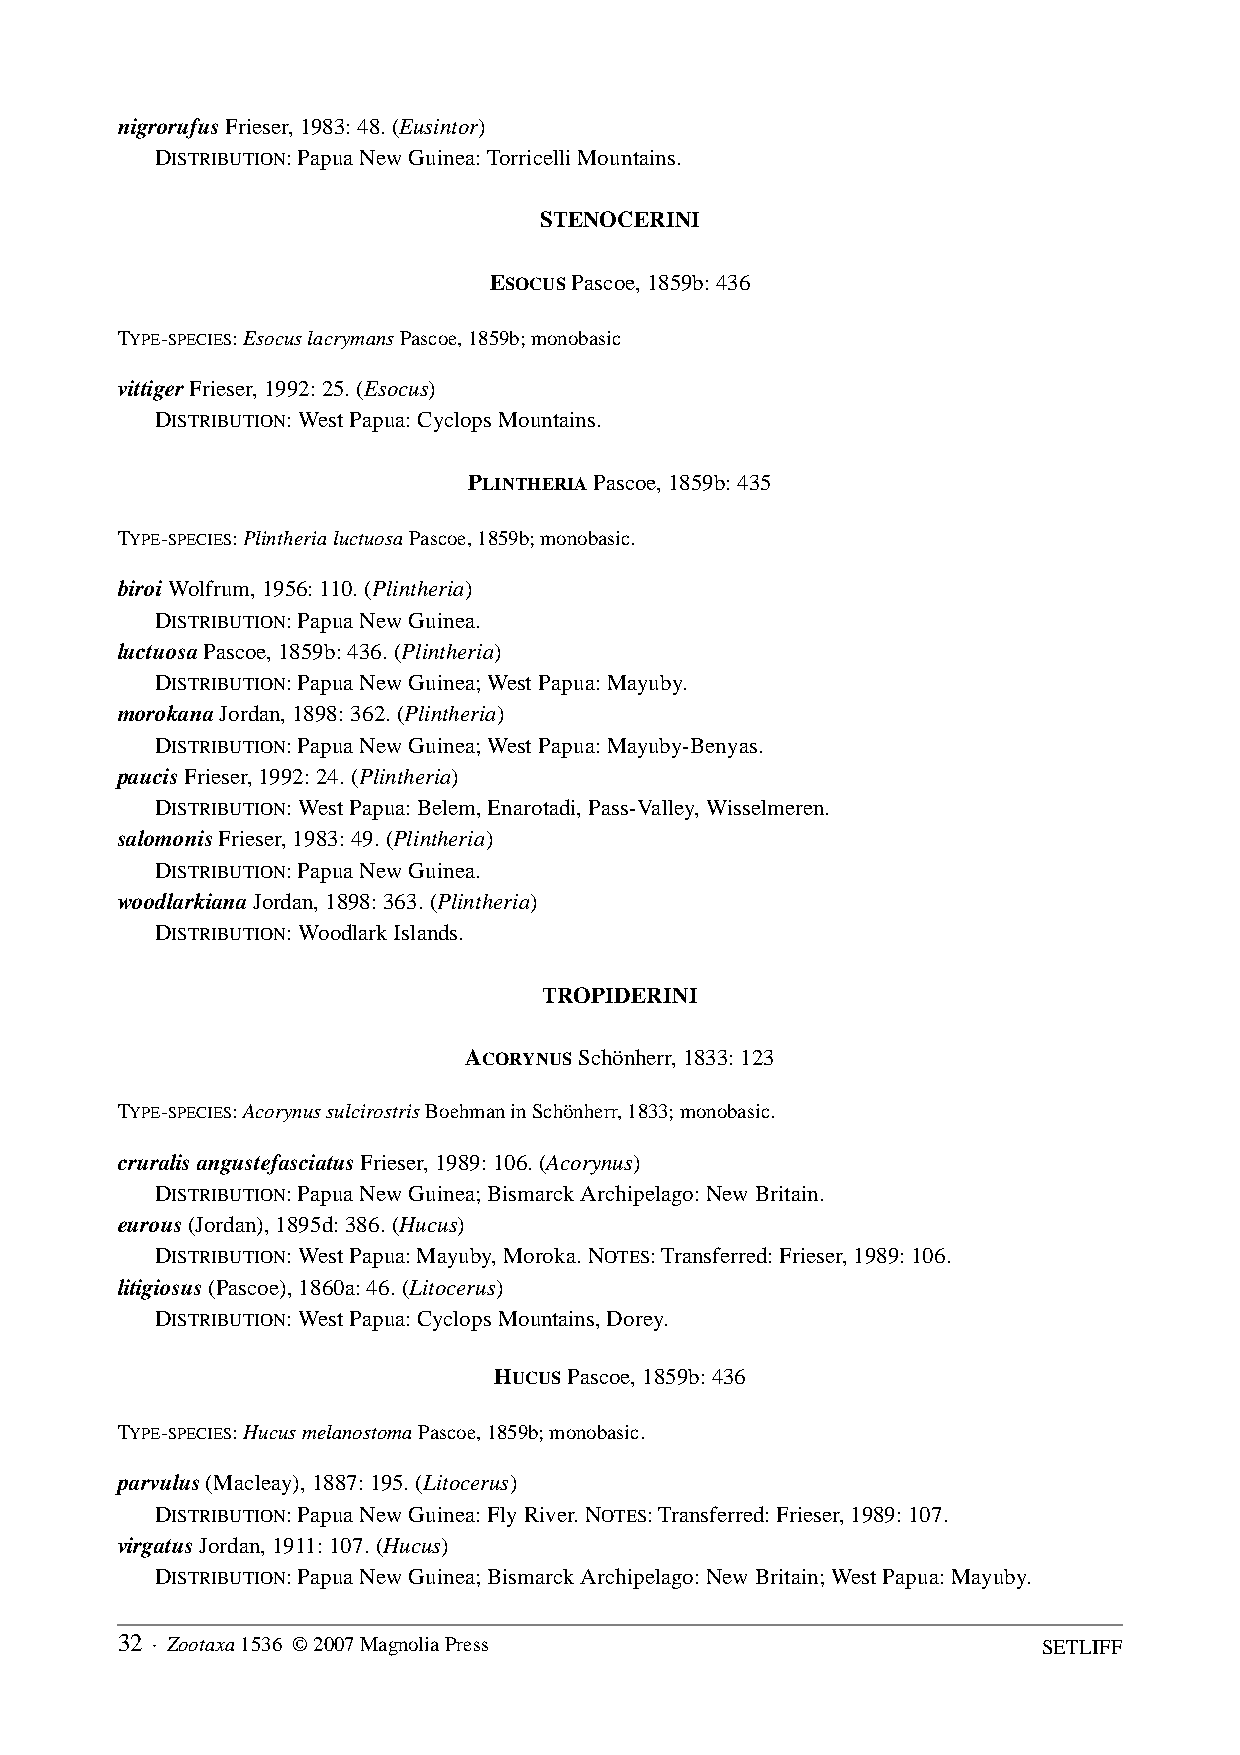
nigrorufus Frieser, 1983: 48. (Eusintor)
 DISTRIBUTION: Papua New Guinea: Torricelli Mountains.
 STENOCERINI
 ESOCUS Pascoe, 1859b: 436
 TYPE-SPECIES: Esocus lacrymans Pascoe, 1859b; monobasic
 vittiger Frieser, 1992: 25. (Esocus)
 DISTRIBUTION: West Papua: Cyclops Mountains.
 PLINTHERIA Pascoe, 1859b: 435
 TYPE-SPECIES: Plintheria luctuosa Pascoe, 1859b; monobasic.
 biroi Wolfrum, 1956: 110. (Plintheria)
 DISTRIBUTION: Papua New Guinea.
 luctuosa Pascoe, 1859b: 436. (Plintheria)
 DISTRIBUTION: Papua New Guinea; West Papua: Mayuby.
 morokana Jordan, 1898: 362. (Plintheria)
 DISTRIBUTION: Papua New Guinea; West Papua: Mayuby-Benyas.
 paucis Frieser, 1992: 24. (Plintheria)
 DISTRIBUTION: West Papua: Belem, Enarotadi, Pass-Valley, Wisselmeren.
 salomonis Frieser, 1983: 49. (Plintheria)
 DISTRIBUTION: Papua New Guinea.
 woodlarkiana Jordan, 1898: 363. (Plintheria)
 DISTRIBUTION: Woodlark Islands.
 TROPIDERINI
 ACORYNUS Schönherr, 1833: 123
 TYPE-SPECIES: Acorynus sulcirostris Boehman in Schönherr, 1833; monobasic.
 cruralis angustefasciatus Frieser, 1989: 106. (Acorynus)
 DISTRIBUTION: Papua New Guinea; Bismarck Archipelago: New Britain.
 eurous (Jordan), 1895d: 386. (Hucus)
 DISTRIBUTION: West Papua: Mayuby, Moroka. NOTES: Transferred: Frieser, 1989: 106.
 litigiosus (Pascoe), 1860a: 46. (Litocerus)
 DISTRIBUTION: West Papua: Cyclops Mountains, Dorey.
 HUCUS Pascoe, 1859b: 436
 TYPE-SPECIES: Hucus melanostoma Pascoe, 1859b; monobasic.
 parvulus (Macleay), 1887: 195. (Litocerus)
 DISTRIBUTION: Papua New Guinea: Fly River. NOTES: Transferred: Frieser, 1989: 107.
 virgatus Jordan, 1911: 107. (Hucus)
 DISTRIBUTION: Papua New Guinea; Bismarck Archipelago: New Britain; West Papua: Mayuby.
 32 · Zootaxa 1536 © 2007 Magnolia Press                      SETLIFF